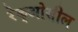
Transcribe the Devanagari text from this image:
रेक्‌ओसील